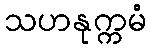
သဟနုက္ကမံ